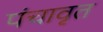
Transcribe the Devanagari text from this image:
पंचावृत